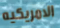
الامريكيه